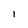
Character: i